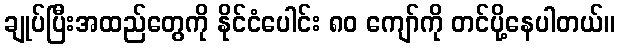
ချုပ်ပြီးအထည်တွေကို နိုင်ငံပေါင်း ၈၀ ကျော်ကို တင်ပို့နေပါတယ်။